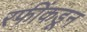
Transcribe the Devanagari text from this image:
रफींकडून